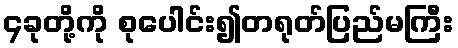
၄ခုတို့ကို စုပေါင်း၍တရုတ်ပြည်မကြီး